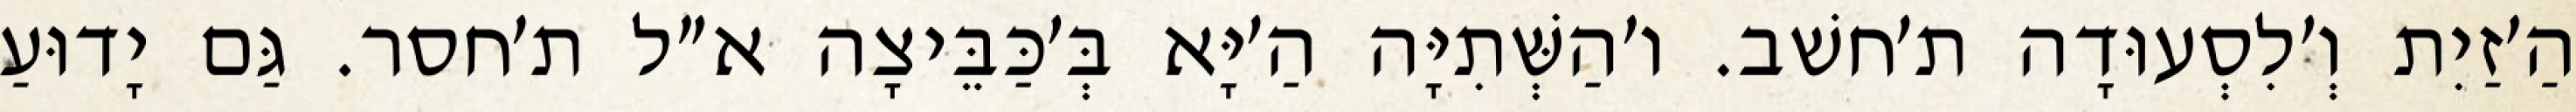
הַ׳זַיִת וְ׳לִסְעוּדָה ת׳חשׁב. ו׳הַשְּׁתִיָּה הַ׳יָּא בְּ׳כַּבֵּיצָה א״ל ת׳חסר. גַּם יָדוּעַ